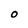
Character: O